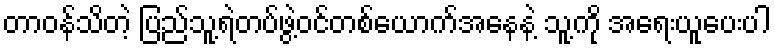
တာဝန်သိတဲ့ ပြည်သူ့ရဲတပ်ဖွဲ့ဝင်တစ်ယောက်အနေနဲ့ သူ့ကို အရေးယူပေးပါ